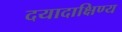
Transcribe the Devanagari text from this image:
दयादाक्षिण्य